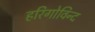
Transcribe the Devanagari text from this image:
हरिगोविन्द